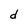
Character: d